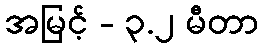
အမြင့် - ၃.၂ မီတာ